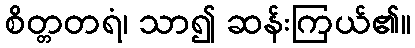
စိတ္တတရံ၊ သာ၍ ဆန်းကြယ်၏။